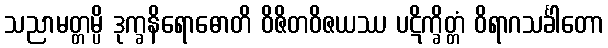
သညာမတ္တမ္ပိ ဒုက္ခနိရောဓောတိ ဝိဇိတဝိဇယဿ ပဋိက္ခိတ္တံ ဝိရာဂသင်္ခါတော